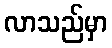
လာသည်မှာ